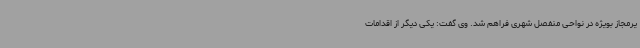
یرمجاز بویژه در نواحی منفصل شهری فراهم شد. وی گفت: یکی دیگر از اقدامات